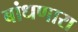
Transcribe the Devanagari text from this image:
बांधणारा